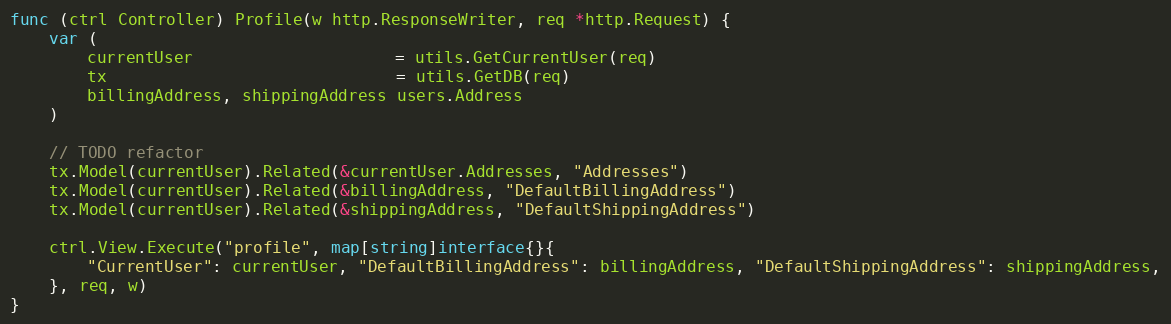
Language: Go
func (ctrl Controller) Profile(w http.ResponseWriter, req *http.Request) {
	var (
		currentUser                     = utils.GetCurrentUser(req)
		tx                              = utils.GetDB(req)
		billingAddress, shippingAddress users.Address
	)

	// TODO refactor
	tx.Model(currentUser).Related(&currentUser.Addresses, "Addresses")
	tx.Model(currentUser).Related(&billingAddress, "DefaultBillingAddress")
	tx.Model(currentUser).Related(&shippingAddress, "DefaultShippingAddress")

	ctrl.View.Execute("profile", map[string]interface{}{
		"CurrentUser": currentUser, "DefaultBillingAddress": billingAddress, "DefaultShippingAddress": shippingAddress,
	}, req, w)
}